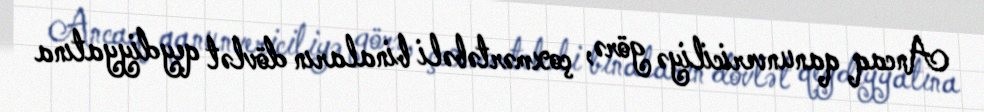
Ancaq qanunvericiliyə görə, çoxmərtəbəli binaların dövlət qeydiyyatına